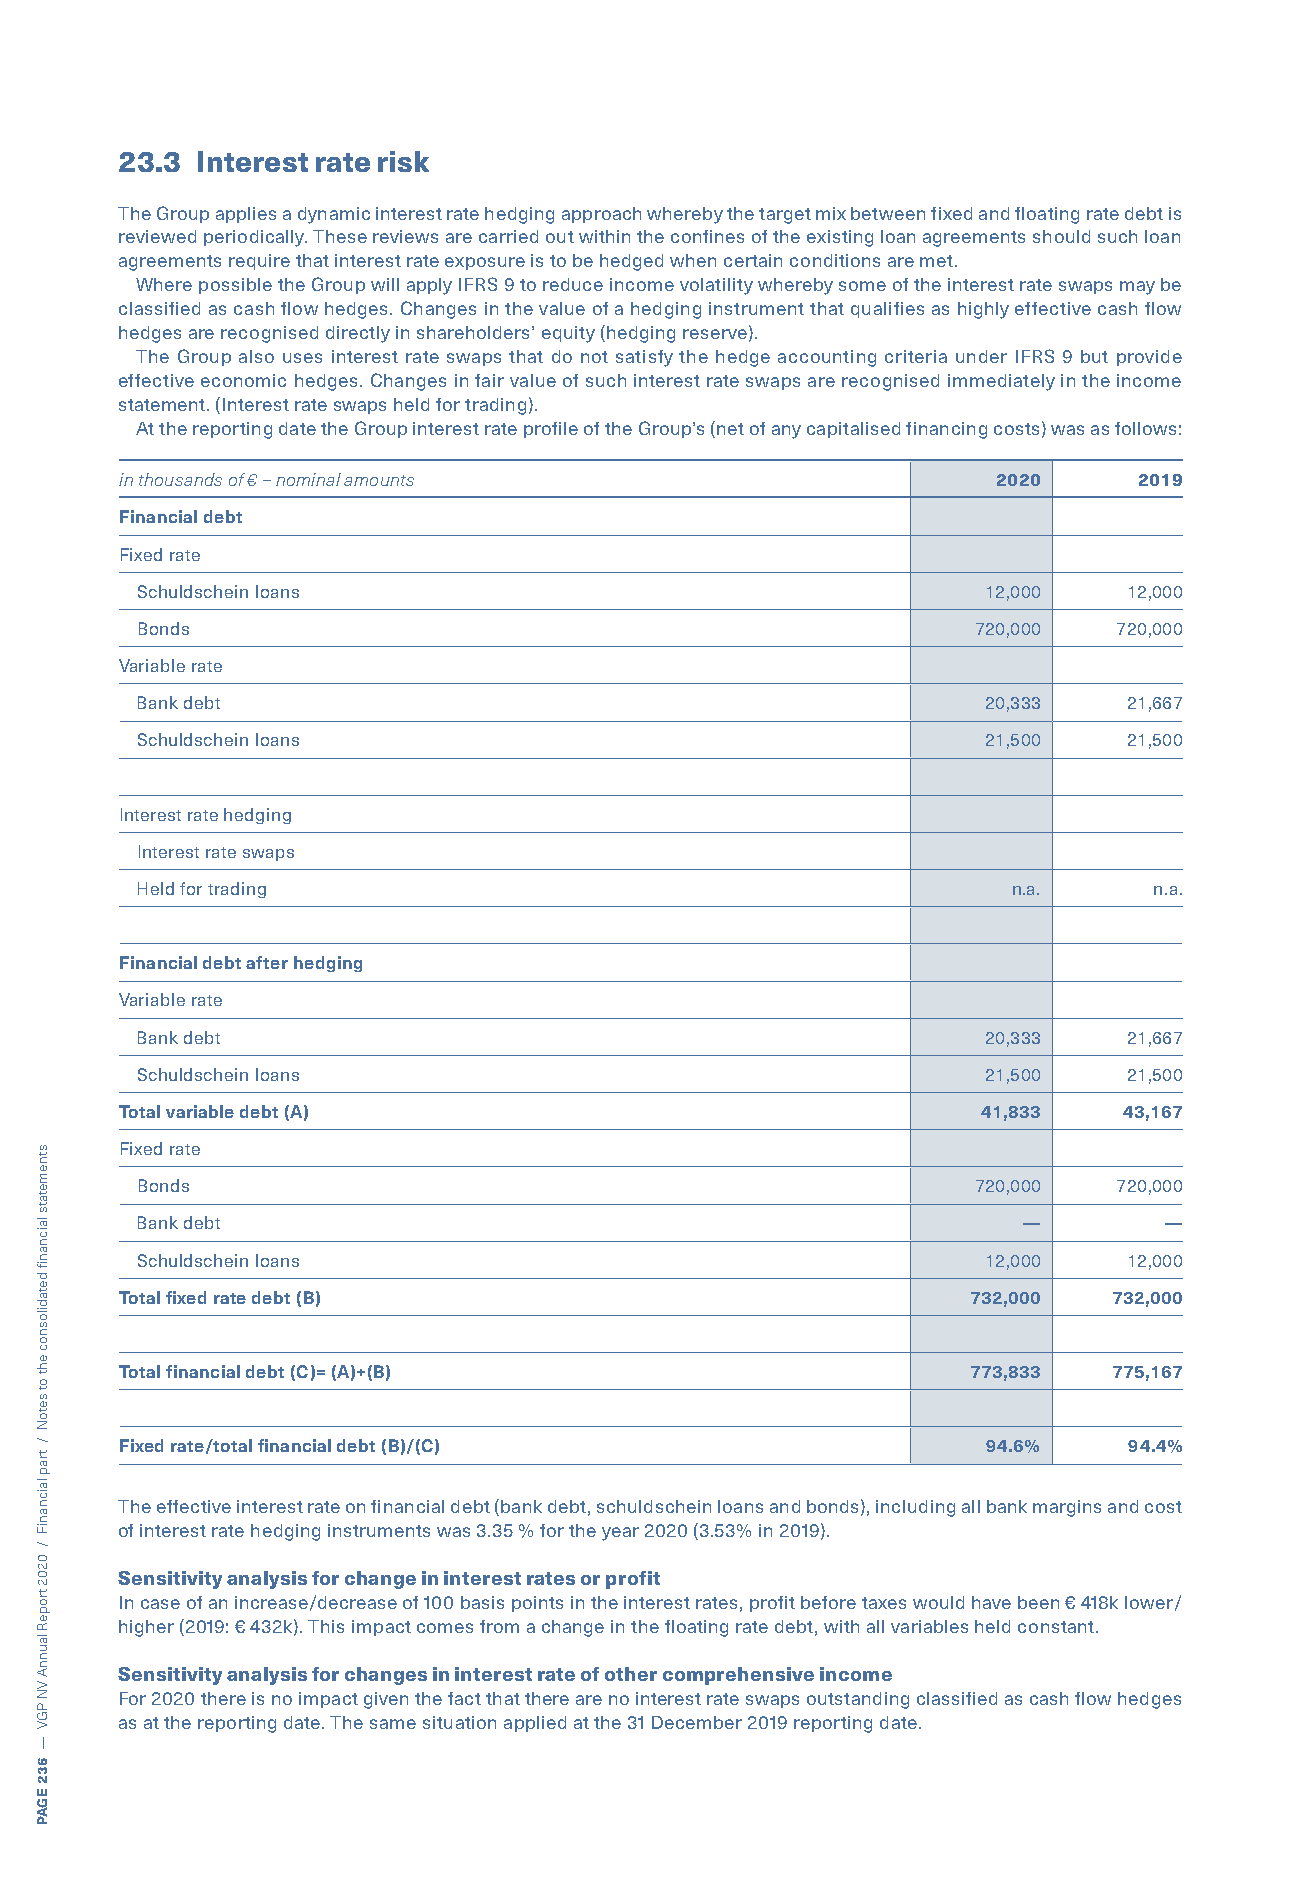
23.3 Interest rate risk
 The Group applies a dynamic interest rate hedging approach whereby the target mix between fixed and floating rate debt is
 reviewed periodically. These reviews are carried out within the confines of the existing loan agreements should such loan
 agreements require that interest rate exposure is to be hedged when certain conditions are met.
 Where possible the Group will apply IFRS 9 to reduce income volatility whereby some of the interest rate swaps may be
 classified as cash flow hedges. Changes in the value of a hedging instrument that qualifies as highly effective cash flow
 hedges are recognised directly in shareholders’ equity (hedging reserve).
 The Group also uses interest rate swaps that do not satisfy the hedge accounting criteria under IFRS 9 but provide
 effective economic hedges. Changes in fair value of such interest rate swaps are recognised immediately in the income
 statement. (Interest rate swaps held for trading).
 At the reporting date the Group interest rate profile of the Group’s (net of any capitalised financing costs) was as follows:
 in thousands of € – nominal amounts                       2020     2019
 Financial debt
 Fixed rate
 Schuldschein loans                                      12,000    12,000
 Bonds                                                  720,000   720,000
 Variable rate
 Bank debt                                               20,333    21,667
 Schuldschein loans                                      21,500    21,500
 Interest rate hedging
 Interest rate swaps
 Held for trading                                          n.a.     n.a.
 Financial debt after hedging
 Variable rate
 Bank debt                                               20,333    21,667
 Schuldschein loans                                      21,500    21,500
 Total variable debt (A)                                  41,833   43,167
 Fixed rate
 Bonds                                                  720,000   720,000
 Bank debt                                                  —        —
 Schuldschein loans                                      12,000    12,000
 Total fixed rate debt (B)                               732,000   732,000
 Total financial debt (C)= (A)+(B)                       773,833   775,167
 Fixed rate/total financial debt (B)/(C)                  94.6%     94.4%
 The effective interest rate on financial debt (bank debt, schuldschein loans and bonds), including all bank margins and cost
 of interest rate hedging instruments was 3.35 % for the year 2020 (3.53% in 2019).
 Sensitivity analysis for change in interest rates or profit
 In case of an increase/decrease of 100 basis points in the interest rates, profit before taxes would have been € 418k lower/
 higher (2019: € 432k). This impact comes from a change in the floating rate debt, with all variables held constant.
 Sensitivity analysis for changes in interest rate of other comprehensive income
 For 2020 there is no impact given the fact that there are no interest rate swaps outstanding classified as cash flow hedges
 as at the reporting date. The same situation applied at the 31 December 2019 reporting date.
 stnemetats
 laicnanif
 detadilosnoc
 eht
 ot
 setoN
 /
 trap
 laicnaniF
 /
 0202
 tropeR
 launnA
 VN
 PGV
 —
 632
 EGAP